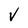
Character: V